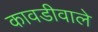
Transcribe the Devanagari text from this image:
कावडीवाले